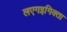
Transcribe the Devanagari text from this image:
लएगइगिक्ता